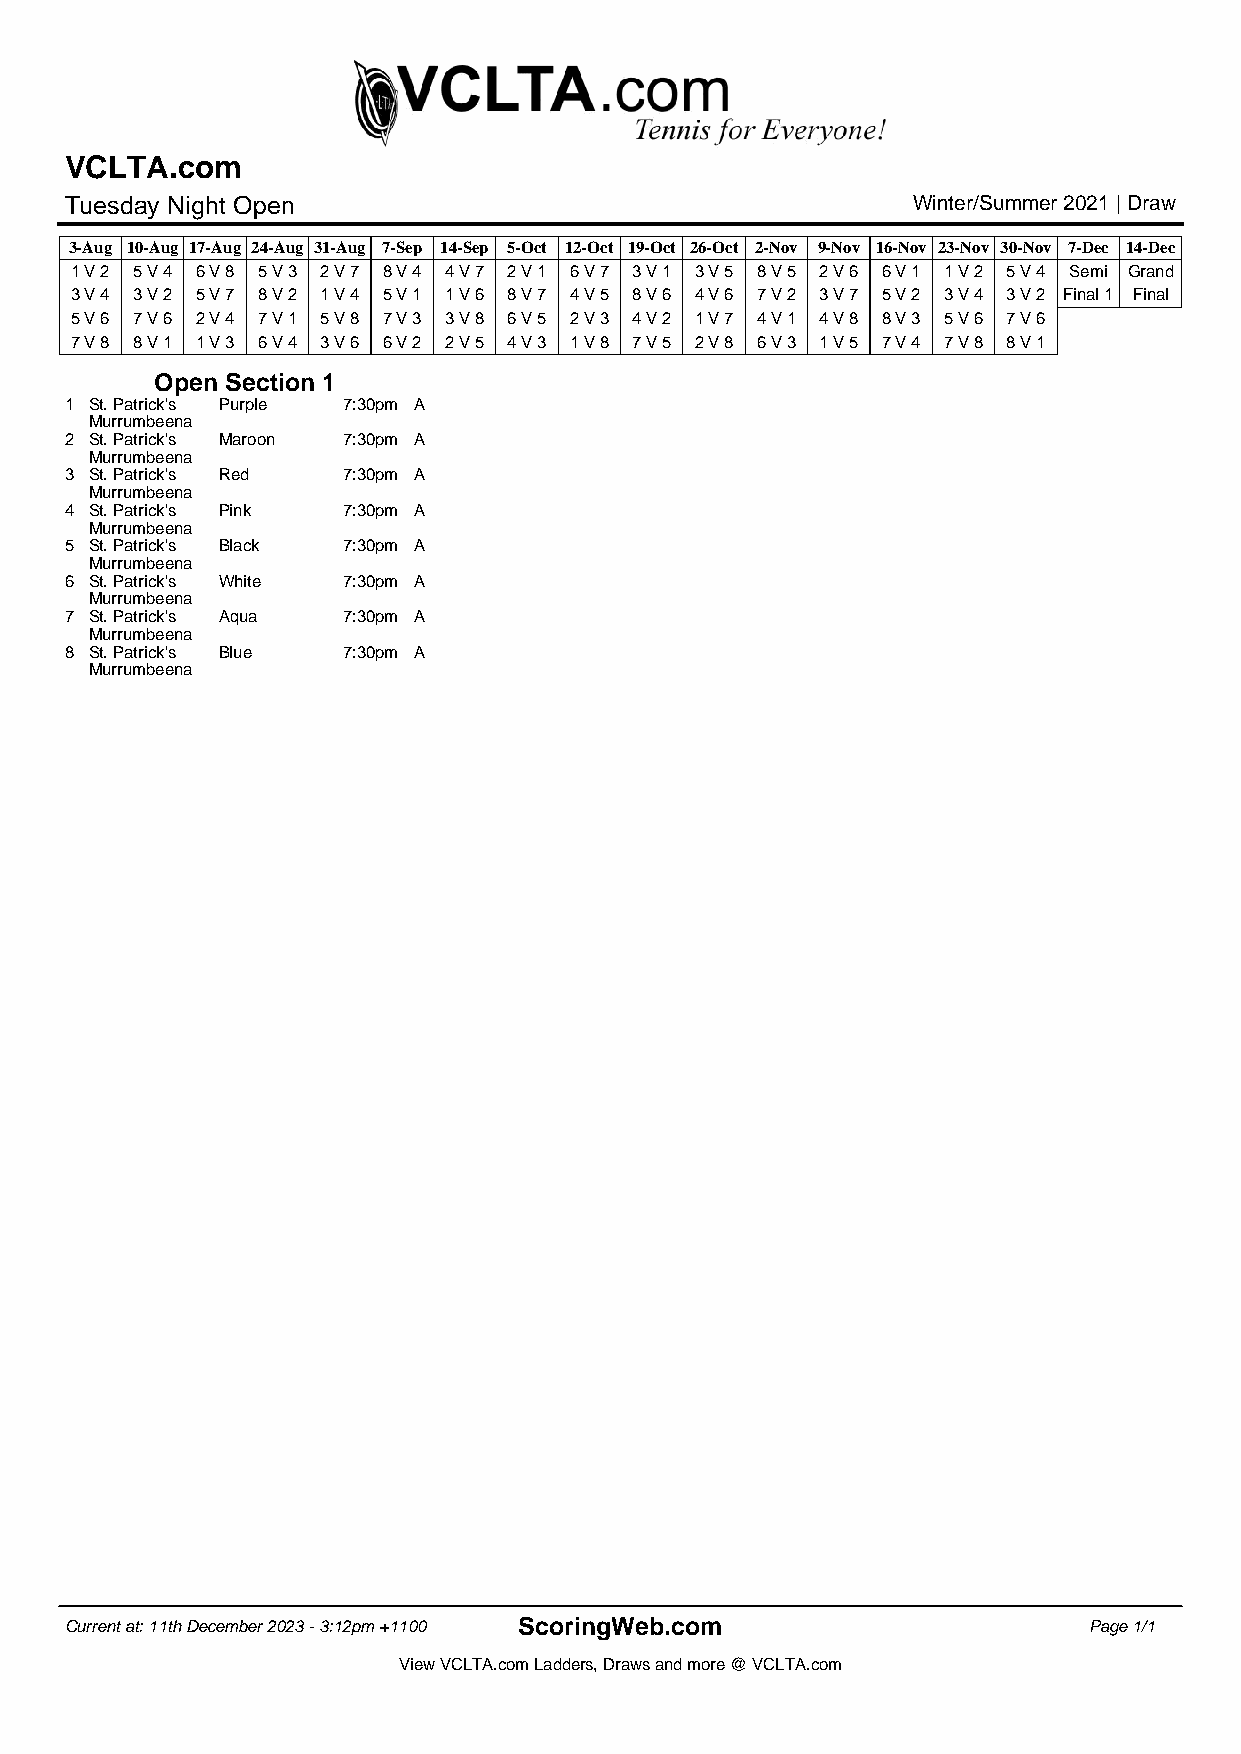
VCLTA.com
 Tuesday Night Open                                      Winter/Summer 2021 | Draw
 3-Aug 10-Aug 17-Aug 24-Aug 31-Aug 7-Sep 14-Sep 5-Oct 12-Oct 19-Oct 26-Oct 2-Nov 9-Nov 16-Nov 23-Nov 30-Nov 7-Dec 14-Dec
 1 V 2 5 V 4 6 V 8 5 V 3 2 V 7 8 V 4 4 V 7 2 V 1 6 V 7 3 V 1 3 V 5 8 V 5 2 V 6 6 V 1 1 V 2 5 V 4 Semi Grand
 3 V 4 3 V 2 5 V 7 8 V 2 1 V 4 5 V 1 1 V 6 8 V 7 4 V 5 8 V 6 4 V 6 7 V 2 3 V 7 5 V 2 3 V 4 3 V 2 Final 1 Final
 5 V 6 7 V 6 2 V 4 7 V 1 5 V 8 7 V 3 3 V 8 6 V 5 2 V 3 4 V 2 1 V 7 4 V 1 4 V 8 8 V 3 5 V 6 7 V 6
 7 V 8 8 V 1 1 V 3 6 V 4 3 V 6 6 V 2 2 V 5 4 V 3 1 V 8 7 V 5 2 V 8 6 V 3 1 V 5 7 V 4 7 V 8 8 V 1
 Open Section 1
 1 St. Patrick's Purple 7:30pm A
 Murrumbeena
 2 St. Patrick's Maroon 7:30pm A
 Murrumbeena
 3 St. Patrick's Red 7:30pm A
 Murrumbeena
 4 St. Patrick's Pink 7:30pm A
 Murrumbeena
 5 St. Patrick's Black 7:30pm A
 Murrumbeena
 6 St. Patrick's White 7:30pm A
 Murrumbeena
 7 St. Patrick's Aqua 7:30pm A
 Murrumbeena
 8 St. Patrick's Blue 7:30pm A
 Murrumbeena
 Current at: 11th December 2023 - 3:12pm +1100 ScoringWeb.com        Page 1/1
 View VCLTA.com Ladders, Draws and more @ VCLTA.com